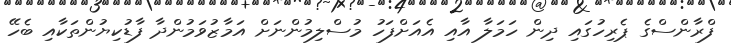
ފްރާންސްގެ ޕެރިހުގައި ދިން ހަމަލާ އާއި އެއަށްފަހު މުސްލިމުންނަށް އަމާޒުވަމުންދާ ފާޑުކިޔުންތަކާއި ބެހޭ